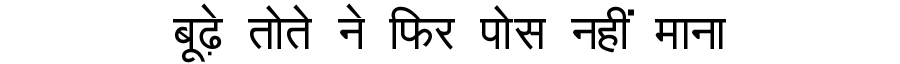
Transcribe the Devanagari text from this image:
बूढ़े तोते ने फिर पोस नहीं माना